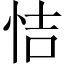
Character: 恄